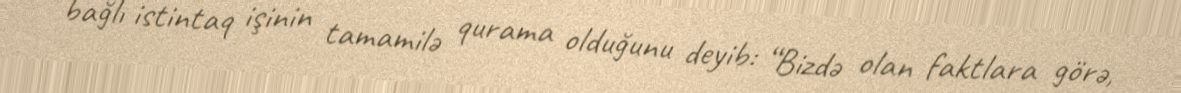
bağlı istintaq işinin tamamilə qurama olduğunu deyib: “Bizdə olan faktlara görə,